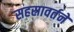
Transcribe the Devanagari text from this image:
सहस्रावर्तने